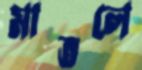
মাতলে